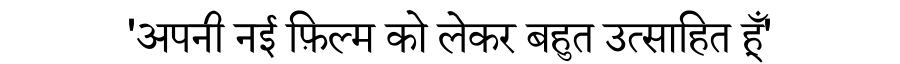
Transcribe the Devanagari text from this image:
'अपनी नई फ़िल्म को लेकर बहुत उत्साहित हूँ'